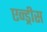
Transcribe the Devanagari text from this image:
एन्ड्रीस